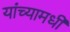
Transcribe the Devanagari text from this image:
यांच्यामधी